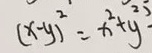
( x - y ) ^ { 2 } = x ^ { 2 } + y ^ { 2 }